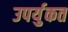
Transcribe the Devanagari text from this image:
उपर्युकत